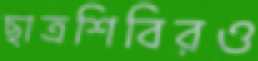
ছাত্রশিবিরও